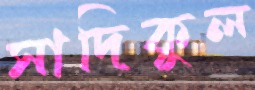
সাদিকুল